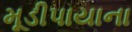
મૂડીપાયાના